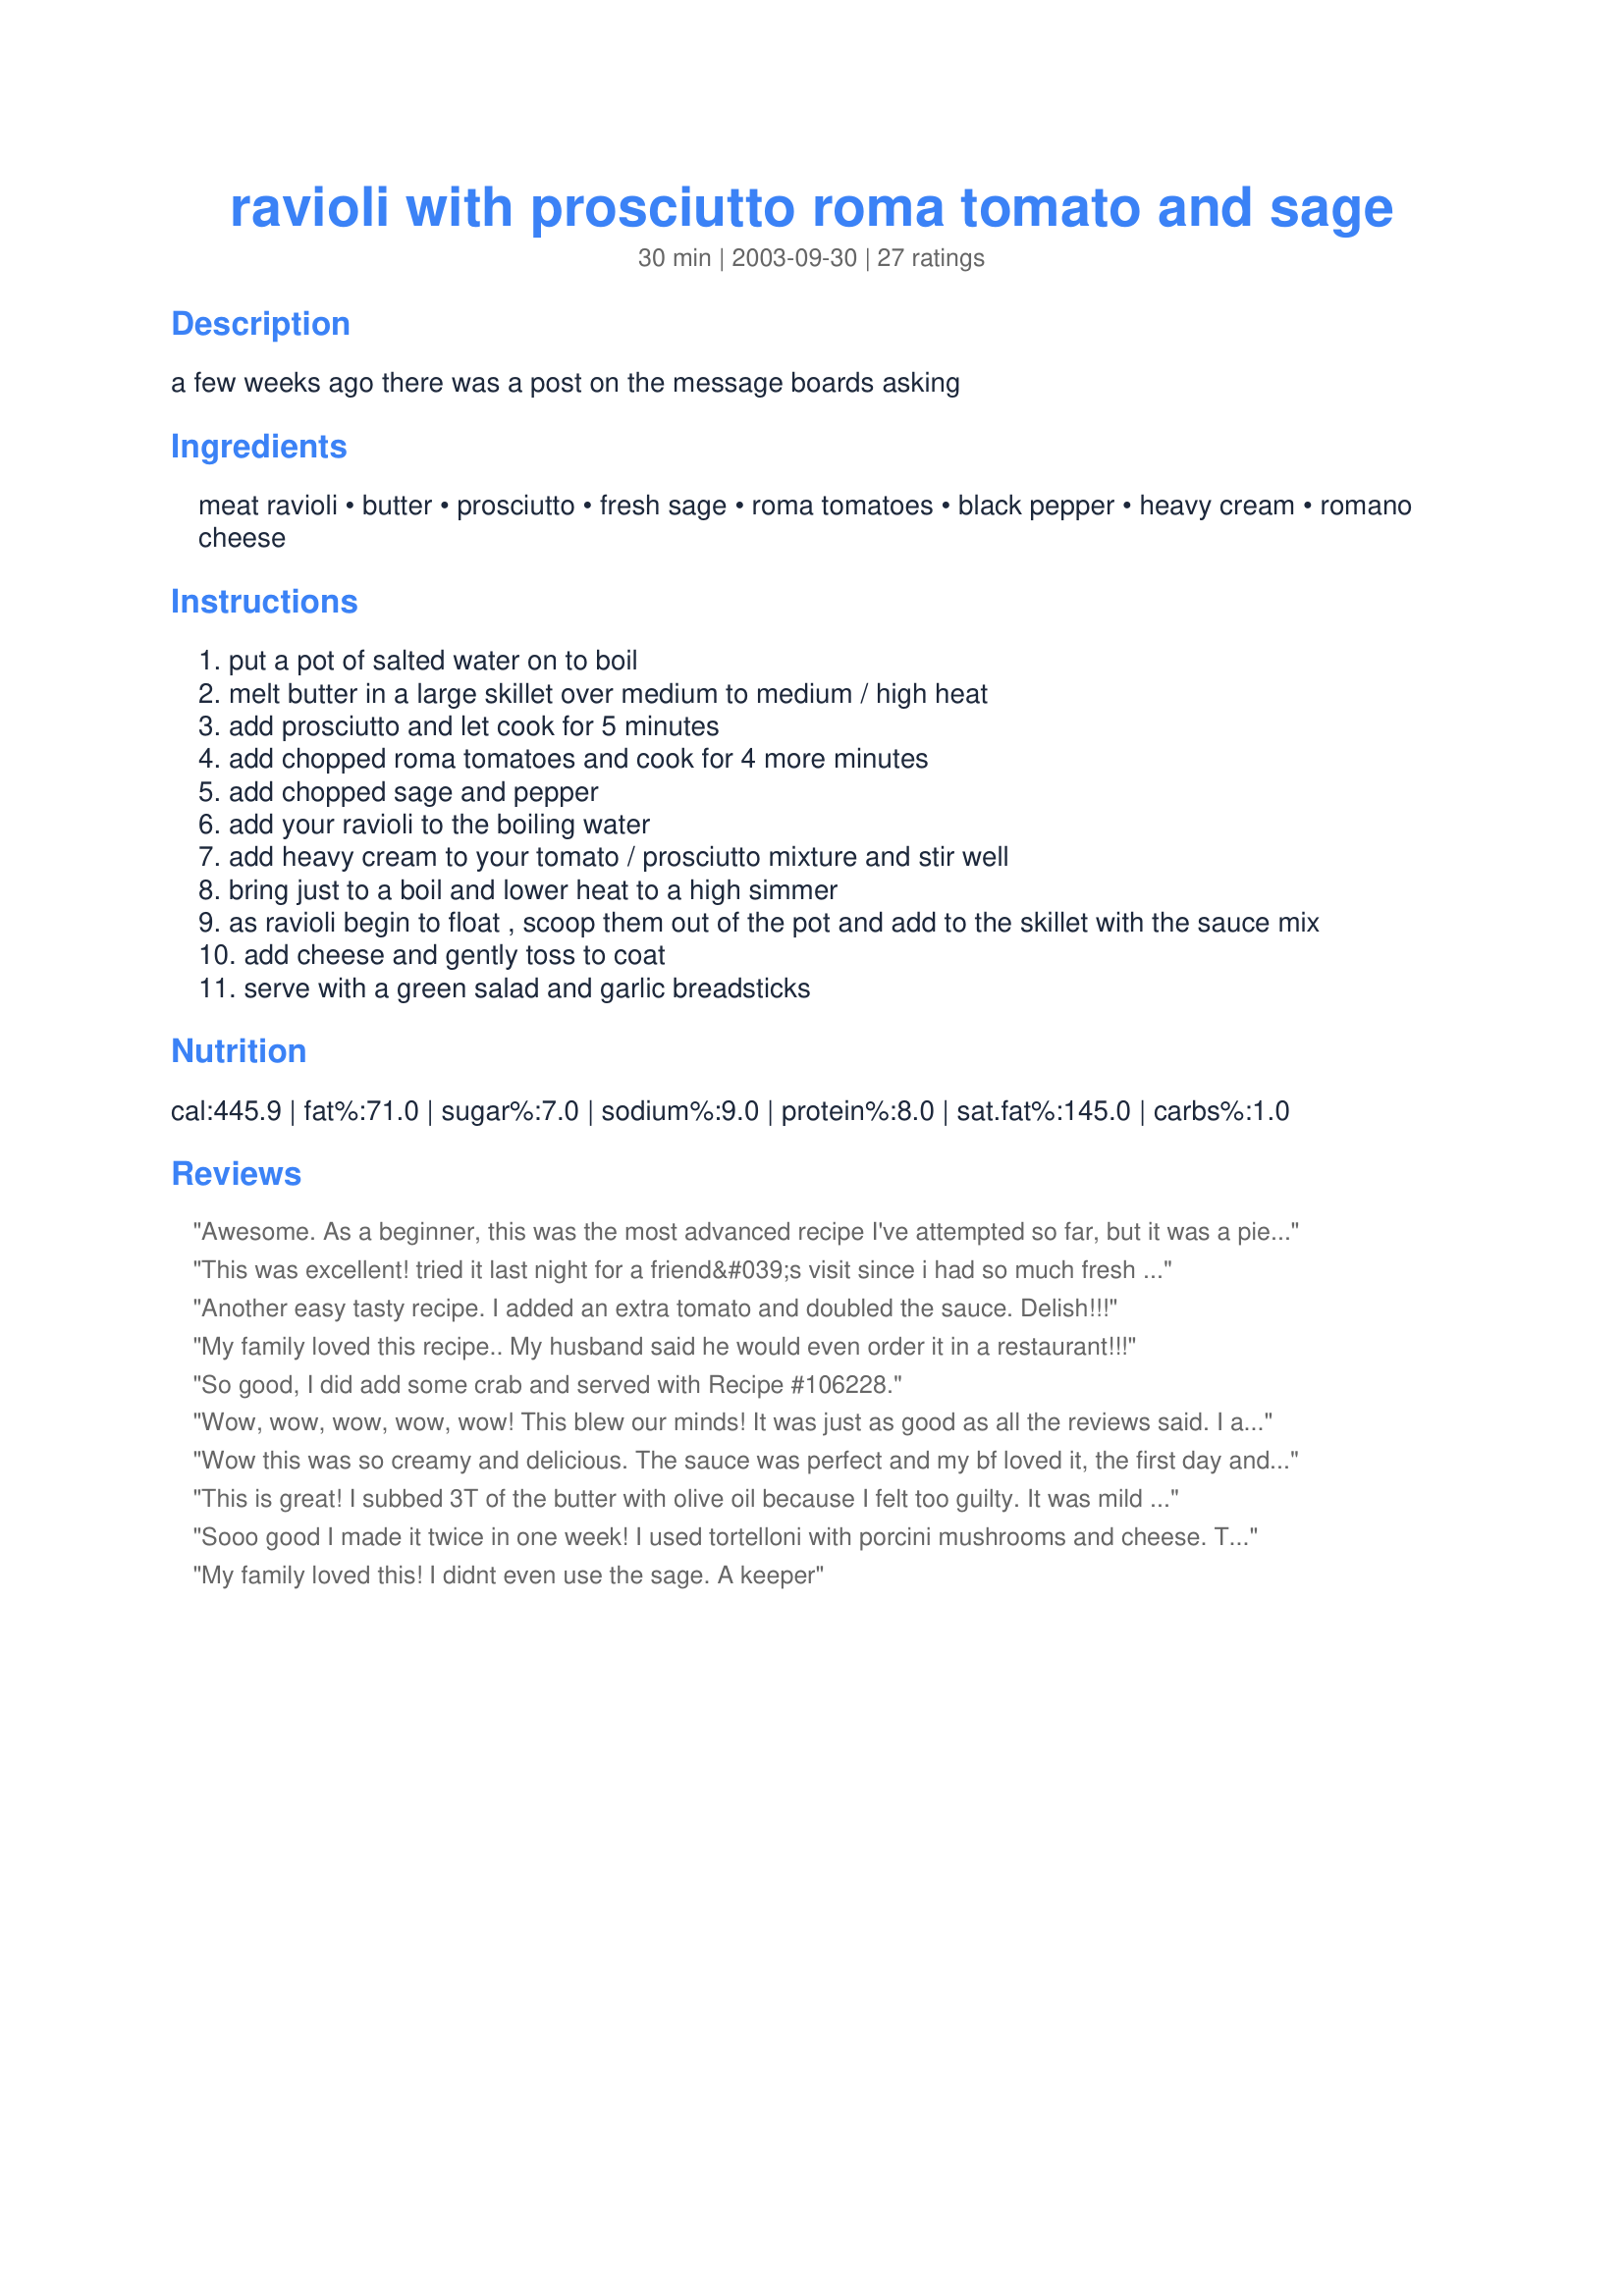
ravioli with prosciutto roma tomato and sage
Preparation time: 30 minutes

a few weeks ago there was a post on the message boards asking

Ingredients:
meat ravioli, butter, prosciutto, fresh sage, roma tomatoes, black pepper, heavy cream, romano cheese

Steps:
put a pot of salted water on to boil
melt butter in a large skillet over medium to medium / high heat
add prosciutto and let cook for 5 minutes
add chopped roma tomatoes and cook for 4 more minutes
add chopped sage and pepper
add your ravioli to the boiling water
add heavy cream to your tomato / prosciutto mixture and stir well
bring just to a boil and lower heat to a high simmer
as ravioli begin to float , scoop them out of the pot and add to the skillet with the sauce mix
add cheese and gently toss to coat
serve with a green salad and garlic breadsticks

Reviews:
Awesome. As a beginner, this was the most advanced recipe I've attempted so far, but it was a piece of cake. I impressed my girlfriend on her birthday with it. Thanks!
This was excellent! tried it last night for a friend&#039;s visit since i had so much fresh sage in the garden. i just used tagliatelle pasta, but did everything else according to the recipe. wow! very tasty, served With garlic bread and a green salad. my son said &quot;you can make this again&quot; after helping himself to two servings, high praise indeed! definitely a keeper.
Another easy tasty
recipe. I added an extra tomato and doubled the 
sauce. Delish!!!
My family loved this recipe.. My husband said he would even order it in a restaurant!!!
So good, I did add some crab and served with Recipe #106228.
Wow, wow, wow, wow, wow! This blew our minds! It was just as good as all the reviews said. I added 2 cloves of garlic and an extra tomato. I also made the cup of heavy cream into 3/4 cup cream and 1/4 cup milk (thickened with a bit of cornstarch), and the recipe still turned out stunningly rich. If you’re looking for the recipe to impress the in-laws with, or a future boyfriend, look no further.
Wow this was so creamy and delicious. The sauce was perfect and my bf loved it, the first day and then as leftovers too :) Thanks for a great recipe!
This is great! I subbed 3T of the butter with olive oil because I felt too guilty. It was mild flavored but subtle and yummy! I bet if you wanted to add another layer of flavor you could throw in some gorgonzola too! Thanks for the great recipe!
Sooo good I made it twice in one week! I used tortelloni with porcini mushrooms and cheese. The second time I made it I added a cup of vodka after i sauteed the prociutto, and reduced it to almost 1/4, I also added frozen peas with the cream step and simmered it all together for about 6 minutes.

Thank you so much for this recipe it is fabulous!
My family loved this! I didnt even use the sage. A keeper
very yummy, will make again!
This is quite delicious and it's a quick and easy dish to make. I cut the amounts way down for a nice lunch for one - I used .5 servings in the calculator. I had chicken and prosucitto tortellini and subbed in some sundried tomatoes for the fresh. Thank you so much for a great one!
Thanks for suggesting this yummy recipe! I made this as directed and dinner was quick and tasty. The flavours were very unique and not our usual tastes, but it's always good to try new things. Thanks for posting!
Great recipe but not exactly low-cal so, to lower the calories, I substituted the 4 TBS of butter with 1 TBS butter & 1 TBS Olive oil and I replaced the heavy cream with evaporated fat free milk thickened with corn starch making a total of about 480 cal. including spinach ricotta ravioli and prosciutto.
Man oh man oh man!!!!! Kari - you are a genius!!!!! Used chicken rosemary ravioli and other than that, prepared just as you did. BF and I both agreed that it was just fantastic!!!!!! Thanks for sharing!
just had to put in my 2 cents, this is delish!!! I did double the sauce it made alot more than 3 servings. But we are having this for lunch today
I made this recipe for a date nearly 6 months ago, using 1 lb each of crab and cheese ravioli. Well, that date is now my boyfriend and he tells me all the time that this meal was how I won him over. :) Super tasty and easy to throw together. Thanks!!
This ravioli was awesome! My only suggestion is to closely evaluate how much ravioli you'll use; we used 1 lb only and I've been eating ravioli leftovers for 2 days. Which isn't really a BAD thing, since it's so darn good.
This pasta dish is EXCELLENT and so easy to prepare! I have made it twice now and it received rave reviews each time. The second time I served it to a group of teenagers who were hanging out around the house and they absolutely loved it. One girl asked for the recipe to bring home to her Mom. On my first try the store had run out of prosciutto so I substituted 3 slices of bacon and it was just fine. However, I was able to use the prosciutto the second time and it was even better. Great job on this one! Thanks.
Fantastic!

I used light cream and it wasn't such a heavy meal.
Wonderful dish for a busy day - went together in no time at all - in fact it almost took longer to pick the sage than to prepare this yummy dish. We used cheese ravioli and a bit more cheese and one extra tomato (as my packages of ravioli were a bit bigger than specified in the recipe). Thanks for sharing this yummy dish which makes great use out of garden sage! We will be having this often!
I have a garden full of Sage and I have been trying to find dishes to make so I can use it up. When I came across this one I thought it sounded good. I made it for dinner last night and it was fantastic! I did add a clove of garlic to the panchetta and tomatoes but otherwise wouldn't change a thing! It tasted like something Olive Garden would have on their menu! Thanks :)

Wonderful! I made this for a party and it was a HIT! It's a "keeper"!
We would give this 10 stars! Used cheese tortellini & lightened up the sauce with evaporated skim milk, & subbed some olive oil for butter. I didn't have roma tomatoes, just used up the last tomatoes in the garden, fabulous, easy, good enough for company.
I intially reviewed this but wanted to amend it. It is fantastic !! I use my own fresh sage and used lobster ravioli I bought at BJ's. I have made it several times and recently made it for a family get-together to rave reviews !!!!
The sauce was excellent. The only note I would make for others is to double the recipe for the sauce or cut the amount of ravioli in half. I followed the recipe exactly and I did not have enough sauce for the ravioli. However, the sauce was amazingly good, me and my fiance absolutely loved it. Next time I am going to take my own advice, and also make homemade ravioli (which is always better than store bought anyways...)
OMG! This is a fabulous recipe! I made it for an Italian Gourmet Club dinner and everyone was using the bread to soak up every last drop of sauce. Thanks!
